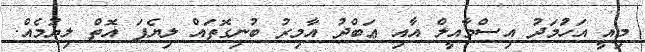
މިއީ އަހުަމަދު އިސްމާއީލް އާއި ޢަބްދު އާމިރު ބުނިގޮތައް ލިޔެފަ އޮތް ލިޔުމެއް.